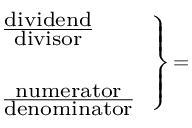
\scriptstyle \left. { \begin{array} { l } { \scriptstyle { \frac { \scriptstyle { \mathrm { d i v i d e n d } } } { \scriptstyle { \mathrm { d i v i s o r } } } } } \\ { \scriptstyle { \mathrm { ~ } } } \\ { \scriptstyle { \frac { \scriptstyle { \mathrm { n u m e r a t o r } } } { \scriptstyle { \mathrm { d e n o m i n a t o r } } } } } \end{array} } \right\} \, =